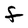
Character: F